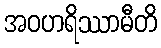
အဝဟရိဿာမီတိ